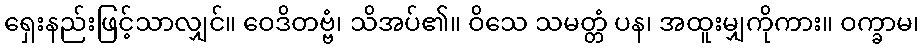
ရှေးနည်းဖြင့်သာလျှင်။ ဝေဒိတဗ္ဗံ၊ သိအပ်၏။ ဝိသေ သမတ္တံ ပန၊ အထူးမျှကိုကား။ ဝက္ခာမ၊